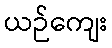
ယဉ်ကျေး